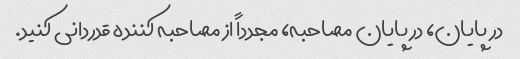
در پایان، در پایان مصاحبه، مجدداً از مصاحبه کننده قدردانی کنید.